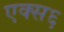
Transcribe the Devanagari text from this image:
एक्स६